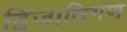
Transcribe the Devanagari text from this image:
द्विजातिगण